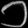
Digit: ၁